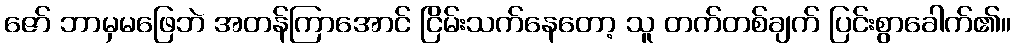
ဇော် ဘာမှမဖြေဘဲ အတန်ကြာအောင် ငြိမ်းသက်နေတော့ သူ တက်တစ်ချက် ပြင်းစွာခေါက်၏။